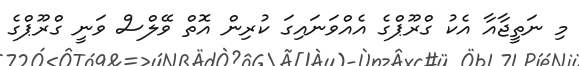
މި ނަތީޖާއާ އެކު ގްރޫޕްގެ އެއްވަނައިގަ ކުރިން އޮތް ވޭލްސް ވަނީ ގްރޫޕްގެ